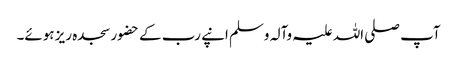
آپ صلی اللہ علیہ وآلہ وسلم انپے رب کے حضور سجدہ ریز ہوئے۔